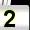
Digit: 2